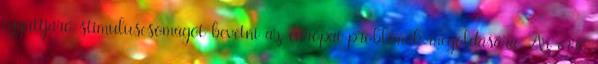
együttjáró stimuluscsomagot bevetni az európai problémák megoldására. Az erre